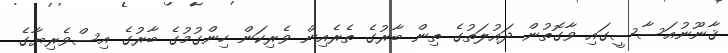
ޤާނޫނުއަސާސީގައި ވާގޮތުން ދައުލަތުގެ ތިން ބާރުގެ ތެރެއިން ވެރިކަން ހިންގުމުގެ ބާރުގެ އިސްވެރިޔާގެ